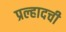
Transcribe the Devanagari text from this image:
प्रल्हादची